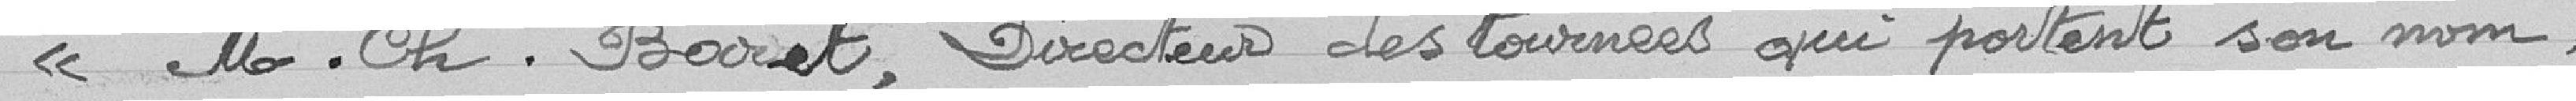
" M. Ch. Baret, Directeur des tournées qui portent son nom